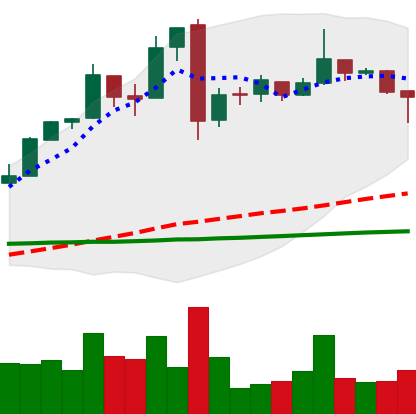
Ticker: BTC-USD
Chart end date: 2016-11-13
Forward return: 7.059%
Label: up_7plus